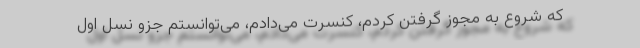
که شروع به مجوز گرفتن کردم، کنسرت می‌دادم، می‌توانستم جزو نسل اول